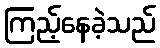
ကြည့်နေခဲ့သည်